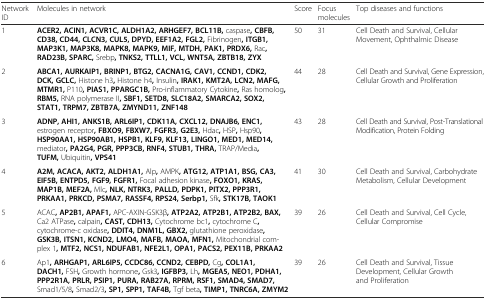
<table><thead><tr><td><b>Network ID</b></td><td><b>Molecules in network</b></td><td><b>Score</b></td><td><b>Focus molecules</b></td><td><b>Top diseases and functions</b></td></tr></thead><tbody><tr><td>1</td><td><b>ACER2, ACIN1, ACVR1C, ALDH1A2, ARHGEF7, BCL11B,</b> caspase<b>, CBFB, CD38, CD44, CLCN3, CUL5, DPYD, EEF1A2, FGL2,</b> Fibrinogen<b>, ITGB1, MAP3K1, MAP3K8, MAPK8, MAPK9, MIF, MTDH, PAK1, PRDX6,</b> Rac<b>, RAD23B, SPARC,</b> Srebp<b>, TNKS2, TTLL1, VCL, WNT5A, ZBTB18, ZYX</b></td><td>50</td><td>31</td><td>Cell Death and Survival, Cellular Movement, Ophthalmic Disease</td></tr><tr><td>2</td><td><b>ABCA1, AURKAIP1, BRINP1, BTG2, CACNA1G, CAV1, CCND1, CDK2, DCK, GCLC,</b> Histone h3<b>,</b> Histone h4<b>,</b> Insulin<b>, IRAK1, KMT2A, LCN2, MAFG, MTMR1,</b> P110<b>, PIAS1, PPARGC1B,</b> Pro-inflammatory Cytokine<b>,</b> Ras homolog<b>, RBM5,</b> RNA polymerase II<b>, SBF1, SETD8, SLC18A2, SMARCA2, SOX2, STAT1, TRPM7, ZBTB7A, ZMYND11, ZNF148</b></td><td>44</td><td>28</td><td>Cell Death and Survival, Gene Expression, Cellular Growth and Proliferation</td></tr><tr><td>3</td><td><b>ADNP, AHI1, ANKS1B, ARL6IP1, CDK11A, CXCL12, DNAJB6, ENC1,</b> estrogen receptor<b>, FBXO9, FBXW7, FGFR3, G2E3,</b> Hdac<b>,</b> HSP<b>,</b> Hsp90<b>, HSP90AA1, HSP90AB1, HSPB1, KLF9, KLF13, LINGO1, MED1, MED14,</b> mediator<b>, PA2G4, PGR, PPP3CB, RNF4, STUB1, THRA,</b> TRAP/Media<b>, TUFM,</b> Ubiquitin<b>, VPS41</b></td><td>43</td><td>28</td><td>Cell Death and Survival, Post-Translational Modification, Protein Folding</td></tr><tr><td>4</td><td><b>A2M, ACACA, AKT2, ALDH1A1,</b> Alp<b>,</b> AMPK<b>, ATG12, ATP1A1, BSG, CA3, EIF5B, ENTPD5, FGF9, FGFR1,</b> Focal adhesion kinase<b>, FOXO1, KRAS, MAP1B, MEF2A,</b> Mlc<b>, NLK, NTRK3, PALLD, PDPK1, PITX2, PPP3R1, PRKAA1, PRKCD, PSMA7, RASSF4, RPS24, Serbp1,</b> Sfk<b>, STK17B, TAOK1</b></td><td>41</td><td>30</td><td>Cell Death and Survival, Carbohydrate Metabolism, Cellular Development</td></tr><tr><td>5</td><td>ACAC<b>, AP2B1, APAF1,</b> APC-AXIN-GSK3β<b>, ATP2A2, ATP2B1, ATP2B2, BAX,</b> Ca2 ATPase<b>,</b> calpain<b>, CAST, CDH13,</b> Cytochrome bc1<b>,</b> cytochrome C<b>,</b> cytochrome-c oxidase<b>, DDIT4, DNM1L, GBX2,</b> glutathione peroxidase<b>, GSK3B, ITSN1, KCND2, LMO4, MAFB, MAOA, MFN1,</b> Mitochondrial complex 1<b>, MTF2, NCS1, NDUFAB1, NFE2L1, OPA1, PACS2, PEX11B, PRKAA2</b></td><td>39</td><td>26</td><td>Cell Death and Survival, Cell Cycle, Cellular Compromise</td></tr><tr><td>6</td><td>Ap1<b>, ARHGAP1, ARL6IP5, CCDC86, CCND2, CEBPD,</b> Cg<b>, COL1A1, DACH1,</b> FSH<b>,</b> Growth hormone<b>,</b> Gsk3<b>, IGFBP3,</b> Lh<b>, MGEA5, NEO1, PDHA1, PPP2R1A, PRLR, PSIP1, PURA, RAB27A, RPRM, RSF1, SMAD4, SMAD7,</b> Smad1/5/8<b>,</b> Smad2/3<b>, SP1, SPP1, TAF4B,</b> Tgf beta<b>, TIMP1, TNRC6A, ZMYM2</b></td><td>39</td><td>26</td><td>Cell Death and Survival, Tissue Development, Cellular Growth and Proliferation</td></tr></tbody></table>